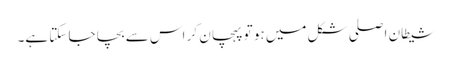
شیطان اصلی شکل میں ہو تو پہچان کر اس سے بچا جا سکتا ہے۔